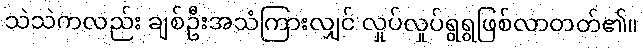
သဲသဲကလည်း ချစ်ဦးအသံကြားလျှင် လှုပ်လှုပ်ရွရွဖြစ်လာတတ်၏။